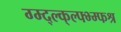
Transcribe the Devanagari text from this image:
ग्म्द्ल्क्ल्फ्भ्म्फश्र